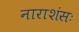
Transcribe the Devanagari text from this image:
नाराशंसः